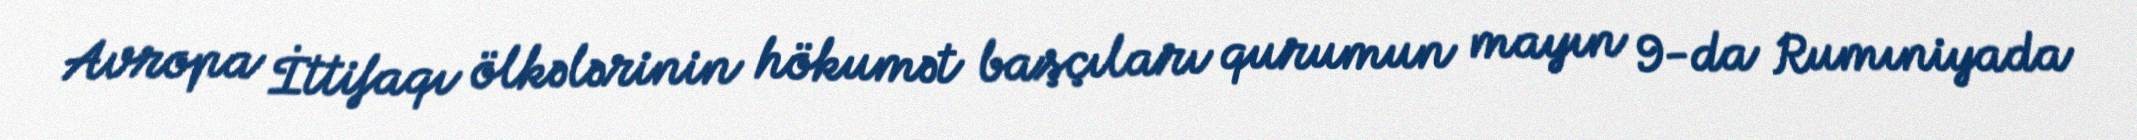
Avropa İttifaqı ölkələrinin hökumət başçıları qurumun mayın 9-da Rumıniyada